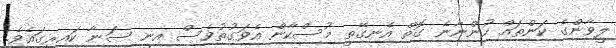
ލީވާންގެ ކަންތައް ހުންނާނެ ގޮތް އެނގޭތީ މުސްކާން އެވަގުތުވެސް އިނީ ސަނާ ކައިރީގައެވެ.